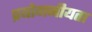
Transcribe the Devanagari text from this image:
प्रयोगनीयता